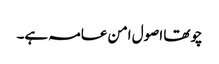
چوتھا اصول امن عامہ ہے۔